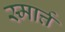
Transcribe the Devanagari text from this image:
स्मार्त्त